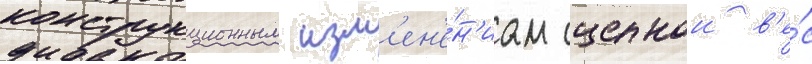
конструкционным изм'ен'е́н'иам сцепнои в'е́с